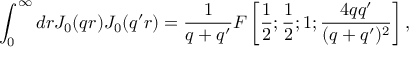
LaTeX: \int _ { 0 } ^ { \infty } d r J _ { 0 } ( q r ) J _ { 0 } ( q ^ { \prime } r ) = \frac 1 { q + q ^ { \prime } } F \left[ \frac 1 { 2 } ; \frac 1 { 2 } ; 1 ; \frac { 4 q q ^ { \prime } } { ( q + q ^ { \prime } ) ^ { 2 } } \right] ,